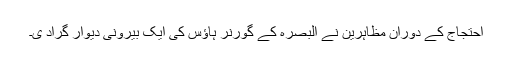
احتجاج کے دوران مظاہرین نے البصرہ کے گورنر ہاؤس کی ایک بیرونی دیوار گراد ی۔